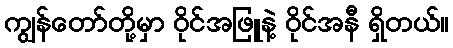
ကျွန်တော်တို့မှာ ဝိုင်အဖြူနဲ့ ဝိုင်အနီ ရှိတယ်။